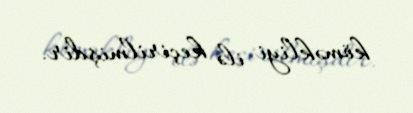
köməkliyi ilə keçirilmişdir.